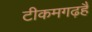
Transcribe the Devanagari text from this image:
टीकमगढ़हैं